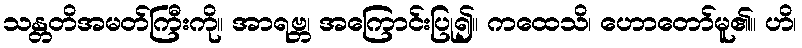
သန္တတိအမတ်ကြီးကို။ အာရဗ္ဘ၊ အကြောင်းပြု၍။ ကထေသိ၊ ဟောတော်မူ၏။ ဟိ၊